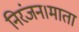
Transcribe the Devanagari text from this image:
निरंजन।माता